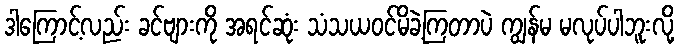
ဒါကြောင့်လည်း ခင်ဗျားကို အရင်ဆုံး သံသယဝင်မိခဲ့ကြတာပဲ ကျွန်မ မလုပ်ပါဘူးလို့